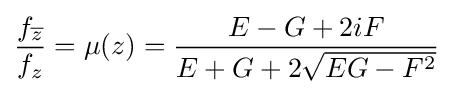
\displaystyle {f_{\overline {z}} \over f_{z}}=\mu (z)={\frac {E-G+2iF}{E+G+2{\sqrt {EG-F^{2}}}}}